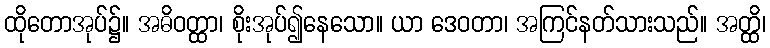
ထိုတောအုပ်၌။ အဓိဝတ္ထာ၊ စိုးအုပ်၍နေသော။ ယာ ဒေဝတာ၊ အကြင်နတ်သားသည်။ အတ္ထိ၊